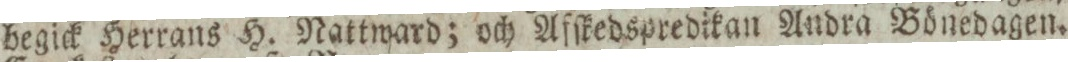
begick Herrans H. Nattward; och Afſkedspredikan Andra Bönedagen.